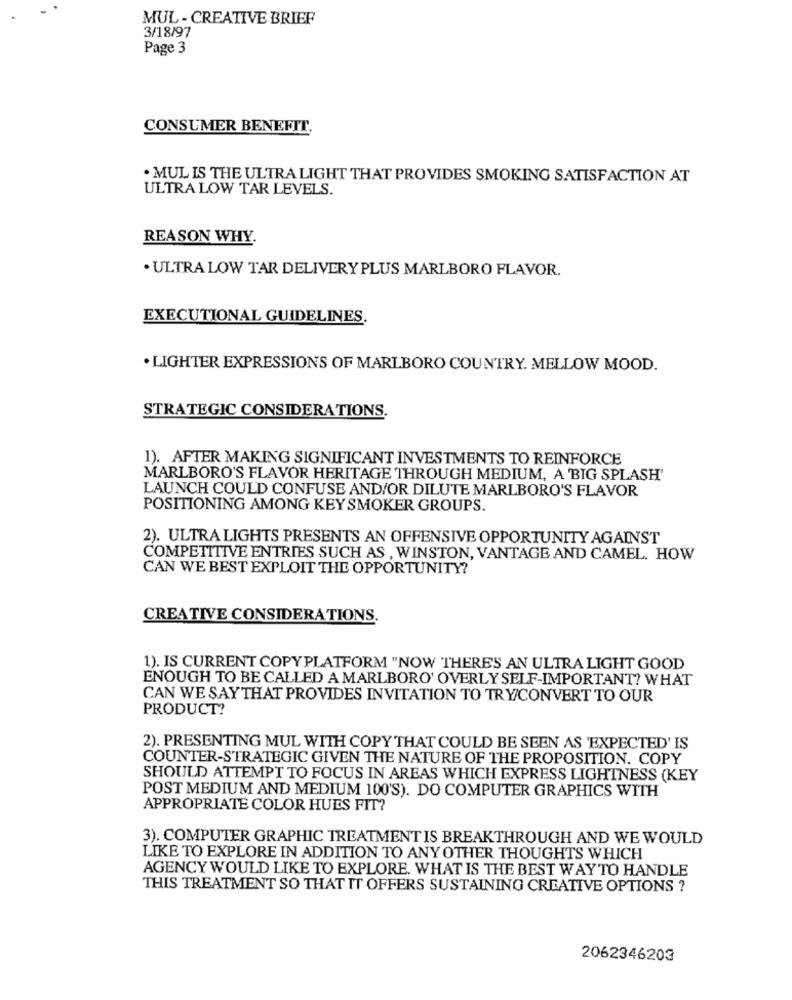
MUL - CREATIVE BRIEF
3/18/97
Page 3
CONSUMER BENEFIT
. MUL IS THE ULTRA LIGHT THAT PROVIDES SMOKING SATISFACTION AT
ULTRA LOW TAR LEVELS.
REASON WHY.
. ULTRA LOW TAR DELIVERY PLUS MARLBORO FLAVOR.
EXECUTIONAL GUIDELINES.
. LIGHTER EXPRESSIONS OF MARLBORO COUNTRY. MELLOW MOOD.
STRATEGIC CONSIDERATIONS.
1). AFTER MAKING SIGNIFICANT INVESTMENTS TO REINFORCE
MARLBORO'S FLAVOR HERITAGE THROUGH MEDIUM, A 'BIG SPLASH'
LAUNCH COULD CONFUSE AND/OR DILUTE MARLBORO'S FLAVOR
POSITIONING AMONG KEY SMOKER GROUPS.
2). ULTRALIGHTS PRESENTS AN OFFENSIVE OPPORTUNITY AGAINST
COMPETITIVE ENTRIES SUCH AS , WINSTON, VANTAGE AND CAMEL. HOW
CAN WE BEST EXPLOIT THE OPPORTUNITY?
CREATIVE CONSIDERATIONS.
1). IS CURRENT COPY PLATFORM "NOW THERE'S AN ULTRA LIGHT GOOD
ENOUGH TO BE CALLED A MARLBORO' OVERLY SELF-IMPORTANT? WHAT
CAN WE SAYTHAT PROVIDES INVITATION TO TRYCONVERT TO OUR
PRODUCT?
2). PRESENTING MUL WITH COPY THAT COULD BE SEEN AS 'EXPECTED' IS
COUNTER-STRATEGIC GIVEN THE NATURE OF THE PROPOSITION. COPY
SHOULD ATTEMPT TO FOCUS IN AREAS WHICH EXPRESS LIGHTNESS (KEY
POST MEDIUM AND MEDIUM 100'S). DO COMPUTER GRAPHICS WITH
APPROPRIATE COLOR HUES FIT?
3). COMPUTER GRAPHIC TREATMENT IS BREAKTHROUGH AND WE WOULD
LIKE TO EXPLORE IN ADDITION TO ANY OTHER THOUGHTS WHICH
AGENCY WOULD LIKE TO EXPLORE. WHAT IS THE BEST WAYTO HANDLE
THIS TREATMENT SO THAT IT OFFERS SUSTAINING CREATIVE OPTIONS ?
2062346203